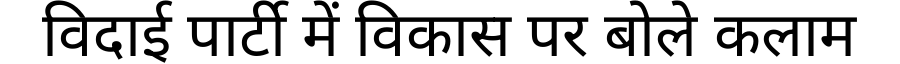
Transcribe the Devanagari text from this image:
विदाई पार्टी में विकास पर बोले कलाम